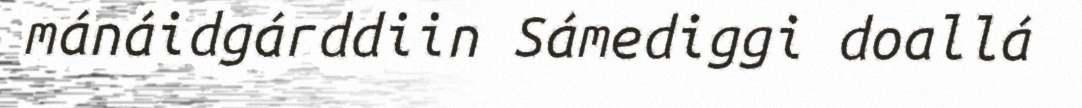
mánáidgárddiin Sámediggi doallá